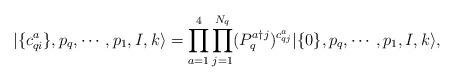
LaTeX: \begin{align*}|\{c_{qi}^a\},p_q,\cdots,p_1,I,k \rangle =\prod_{a=1}^{4}\prod_{j=1}^{N_q}(P_{q}^{a\dagger j})^{c_{qj}^a}|\{0\},p_q,\cdots,p_1,I,k \rangle ,\end{align*}